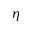
\eta